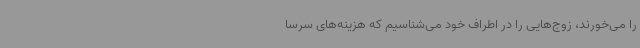
را می‌خورند، زوج‌هایی را در اطراف خود می‌شناسیم که هزینه‌های سرسا